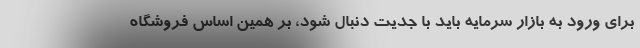
برای ورود به بازار سرمایه باید با جدیت دنبال شود، بر همین اساس فروشگاه